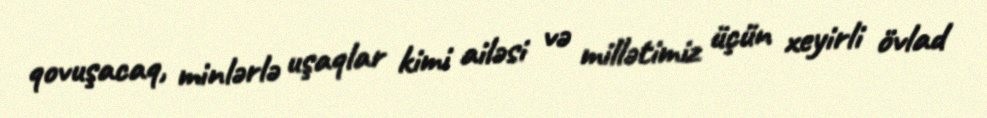
qovuşacaq, minlərlə uşaqlar kimi ailəsi və millətimiz üçün xeyirli övlad